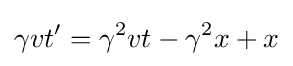
\gamma vt'=\gamma ^{2}vt-\gamma ^{2}x+x